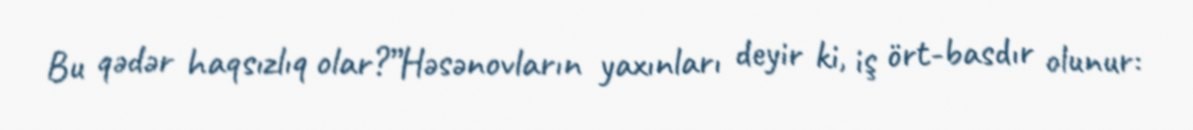
Bu qədər haqsızlıq olar?”Həsənovların yaxınları deyir ki, iş ört-basdır olunur: